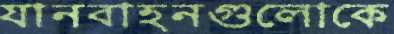
যানবাহনগুলোকে